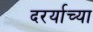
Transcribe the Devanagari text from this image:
दरर्याच्या